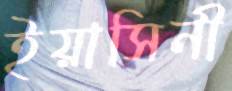
ইয়াসিনী